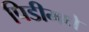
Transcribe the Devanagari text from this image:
पिडीमधे